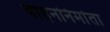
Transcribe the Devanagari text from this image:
वाहननिर्माता